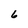
Character: 6